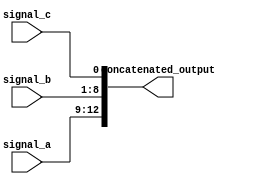
module ConcatenationExample (
    input wire [3:0] signal_a,   // 4-bit input signal
    input wire [7:0] signal_b,   // 8-bit input signal
    input wire signal_c,          // 1-bit input signal
    output wire [12:0] concatenated_output // 12-bit output signal
);

// Continuous assignment for concatenation
assign concatenated_output = {signal_a, signal_b, signal_c};

endmodule